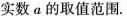
实数a的取值范围.